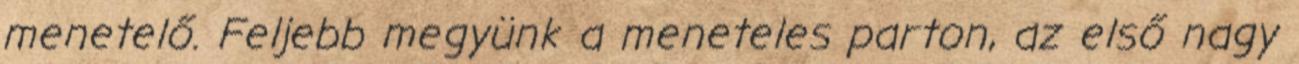
menetelő. Feljebb megyünk a meneteles parton, az első nagy